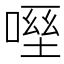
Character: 𠹿